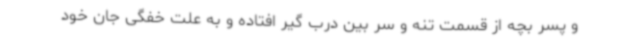
و پسر بچه از قسمت تنه و سر بین درب گیر افتاده و به علت خفگی جان خود